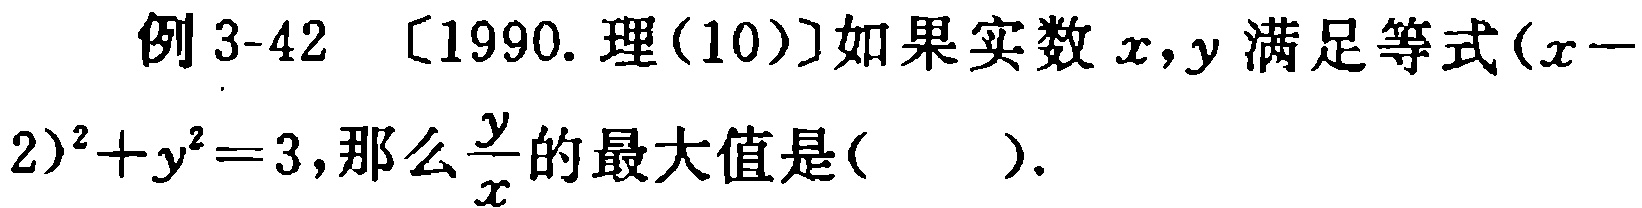
例 3-42 〔1990. 理(10)〕如果实数 \(x,y\) 满足等式\((x - 2)^{2}+y^{2}=3\)，那么\(\frac{y}{x}\)的最大值是( ).